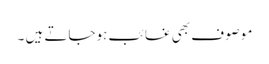
موصوف بھی غائب ہوجاتے ہیں ۔